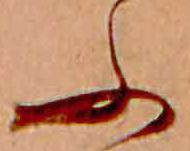
ふ